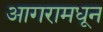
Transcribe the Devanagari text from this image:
आगरामधून